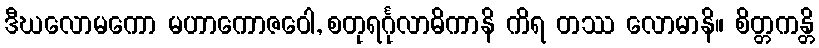
ဒီဃလောမကော မဟာကောဇဝေါ, စတုရင်္ဂုလာဓိကာနိ ကိရ တဿ လောမာနိ။ စိတ္တကန္တိ